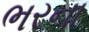
ભરના